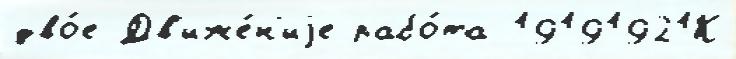
дво́е Дв'иже́н'иjе рабо́та 19191921К